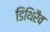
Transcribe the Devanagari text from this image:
डिथिरैव